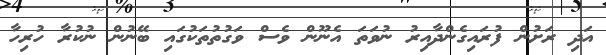
އަދި ރަށުން ފުރައިގެންދާއިރު ނުވަތަ އެނޫން ވެސް ވަގުތުތަކުގައި ބޭނުން ނުކުރާ ހުރިހާ